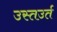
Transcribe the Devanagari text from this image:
उस्तउर्त